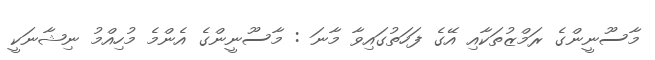
މާސޫނީންގެ ރަމްޒުތަކާއި އޭގެ ފަހަތުގައިވާ މާނަ : މާސޫނީންގެ އެންމެ މުހިއްމު ނިޝާނަކީ